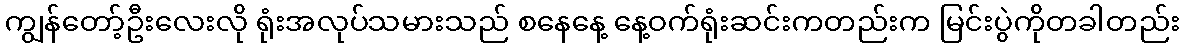
ကျွန်တော့်ဦးလေးလို ရုံးအလုပ်သမားသည် စနေနေ့ နေ့ဝက်ရုံးဆင်းကတည်းက မြင်းပွဲကိုတခါတည်း